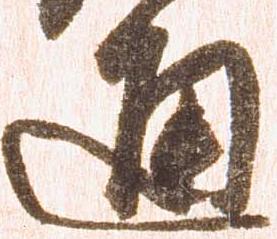
通